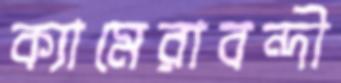
ক্যামেরাবন্দী